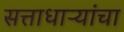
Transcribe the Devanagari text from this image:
सत्ताधाऱ्यांचा